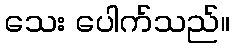
သေး ပေါက်သည်။